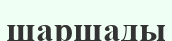
шаршады